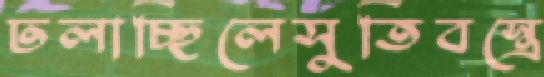
ঢলাচ্ছিলেসুতিবস্ত্রে